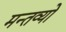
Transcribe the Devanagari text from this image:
मन्तव्यो